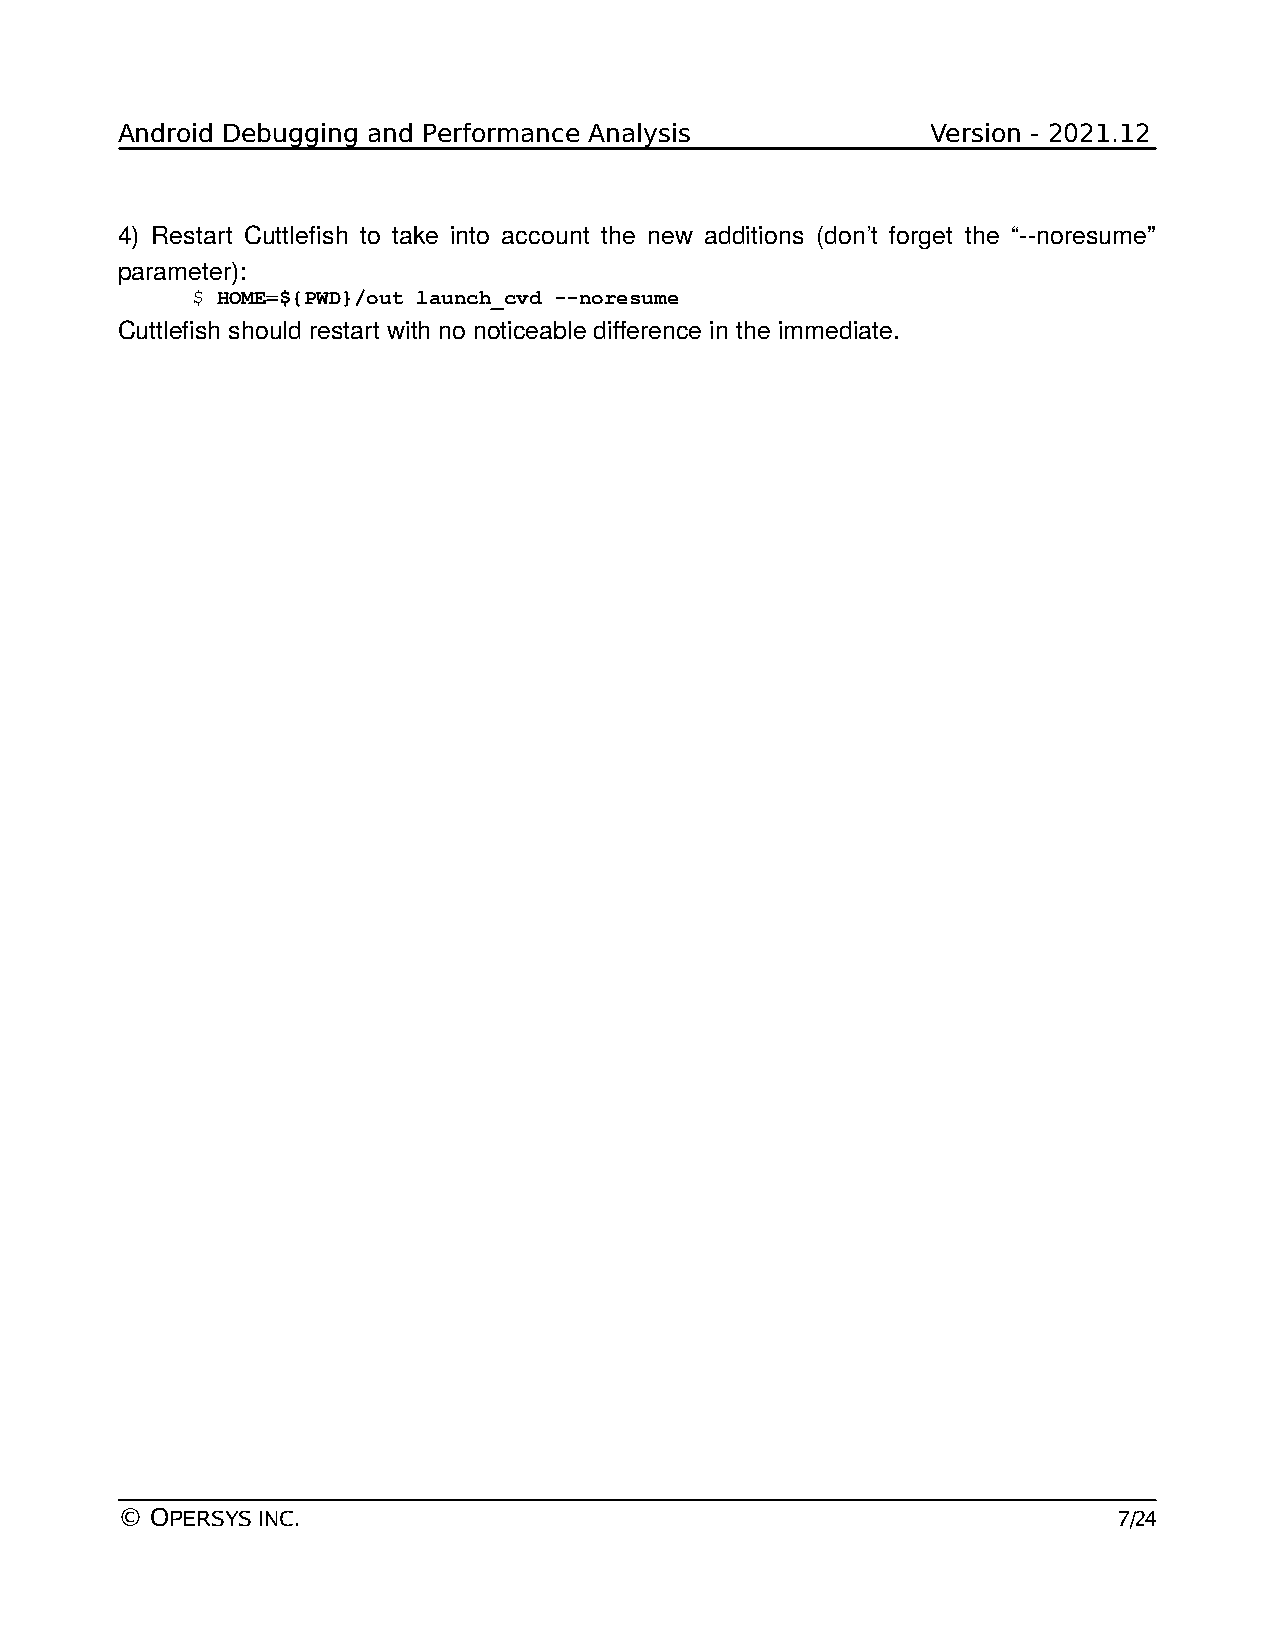
Android Debugging and Performance Analysis            Version - 2021.12
 4) Restart Cuttlefish to take into account the new additions (don’t forget the “--noresume”
 parameter):
 $ HOME=${PWD}/out launch_cvd --noresume
 Cuttlefish should restart with no noticeable difference in the immediate.
 © OPERSYS INC.                                                    7/24